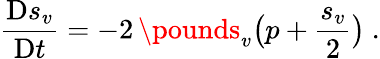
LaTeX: \frac{\mathrm{D}s_{v}}{\mathrm{D}t}=-2\, \pounds_{v}\big(p+\frac{s_{v}}{2}\big)\ .